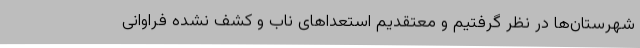
شهرستان‌ها در نظر گرفتیم و معتقدیم استعداهای ناب و کشف نشده فراوانی